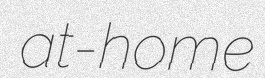
at-home